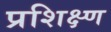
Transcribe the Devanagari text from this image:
प्रशिक्ष्ण